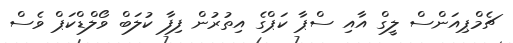
ޗެމްޕިއަންސް ލީގް އާއި ސްޕާ ކަޕްގެ އިތުރުން ފިފާ ކުލަބް ވޯލްޑްކަޕް ވެސް